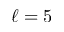
\ell = 5